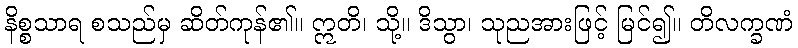
နိစ္စသာရ စသည်မှ ဆိတ်ကုန်၏။ ဣတိ၊ သို့။ ဒိသွာ၊ သုညအားဖြင့် မြင်၍။ တိလက္ခဏံ